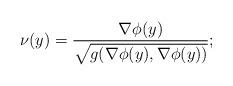
LaTeX: \begin{align*}\nu(y)=\frac{\nabla \phi(y)}{\sqrt{g(\nabla \phi(y),\nabla \phi(y))}};\end{align*}